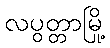
လပွတ္တာမြို့